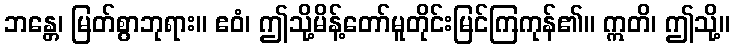
ဘန္တေ၊ မြတ်စွာဘုရား။ ဧဝံ၊ ဤသို့မိန့်တော်မူတိုင်းမြင်ကြကုန်၏။ ဣတိ၊ ဤသို့။